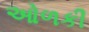
ઓળકી